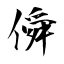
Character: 僢